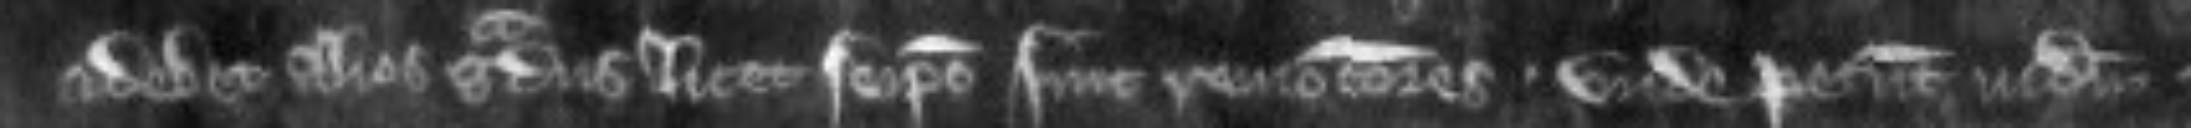
et debet alios gradus licet se ipso sint remociores unde petunt judicium.